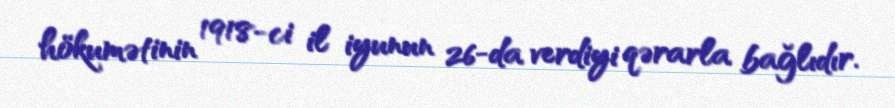
hökumətinin 1918-ci il iyunun 26-da verdiyi qərarla bağlıdır.